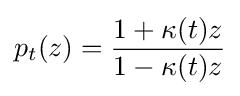
\displaystyle {p_{t}(z)={1+\kappa (t)z \over 1-\kappa (t)z}}